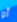
أو